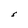
Character: S